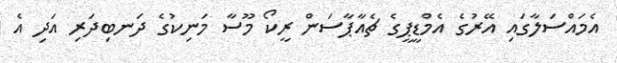
އެމައްސަލާގައި އޭރުގެ އެމްޑީޕީގެ ޗެއާޕާސަން ރީކޯ މޫސާ މަނިކުގެ ދަނބިދަރި އަދި އެ